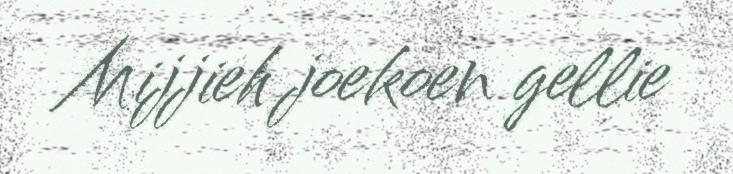
Mijjieh joekoen gellie